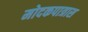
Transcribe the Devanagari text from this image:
मोदकपात्रास